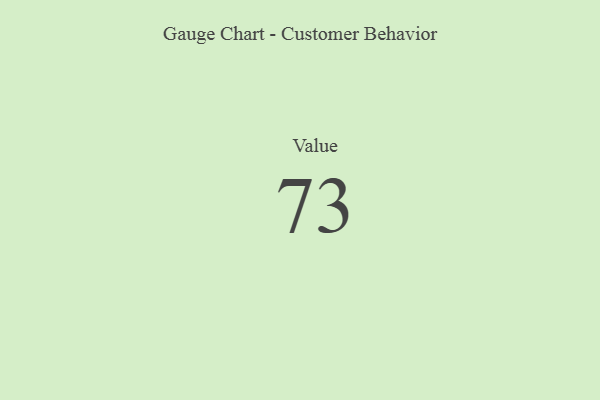
{"axis": {"x": "Metric", "y": "Value"}, "legend": [""], "data": [{"x": "Value", "y": 73, "type": ""}]}